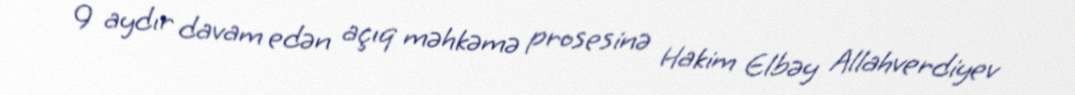
9 aydır davam edən açıq məhkəmə prosesinə Hakim Elbəy Allahverdiyev